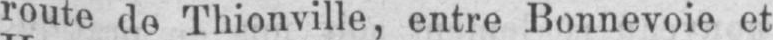
route de Thionville, entre Bonnevoie et